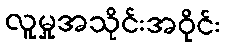
လူမှုအသိုင်းအဝိုင်း